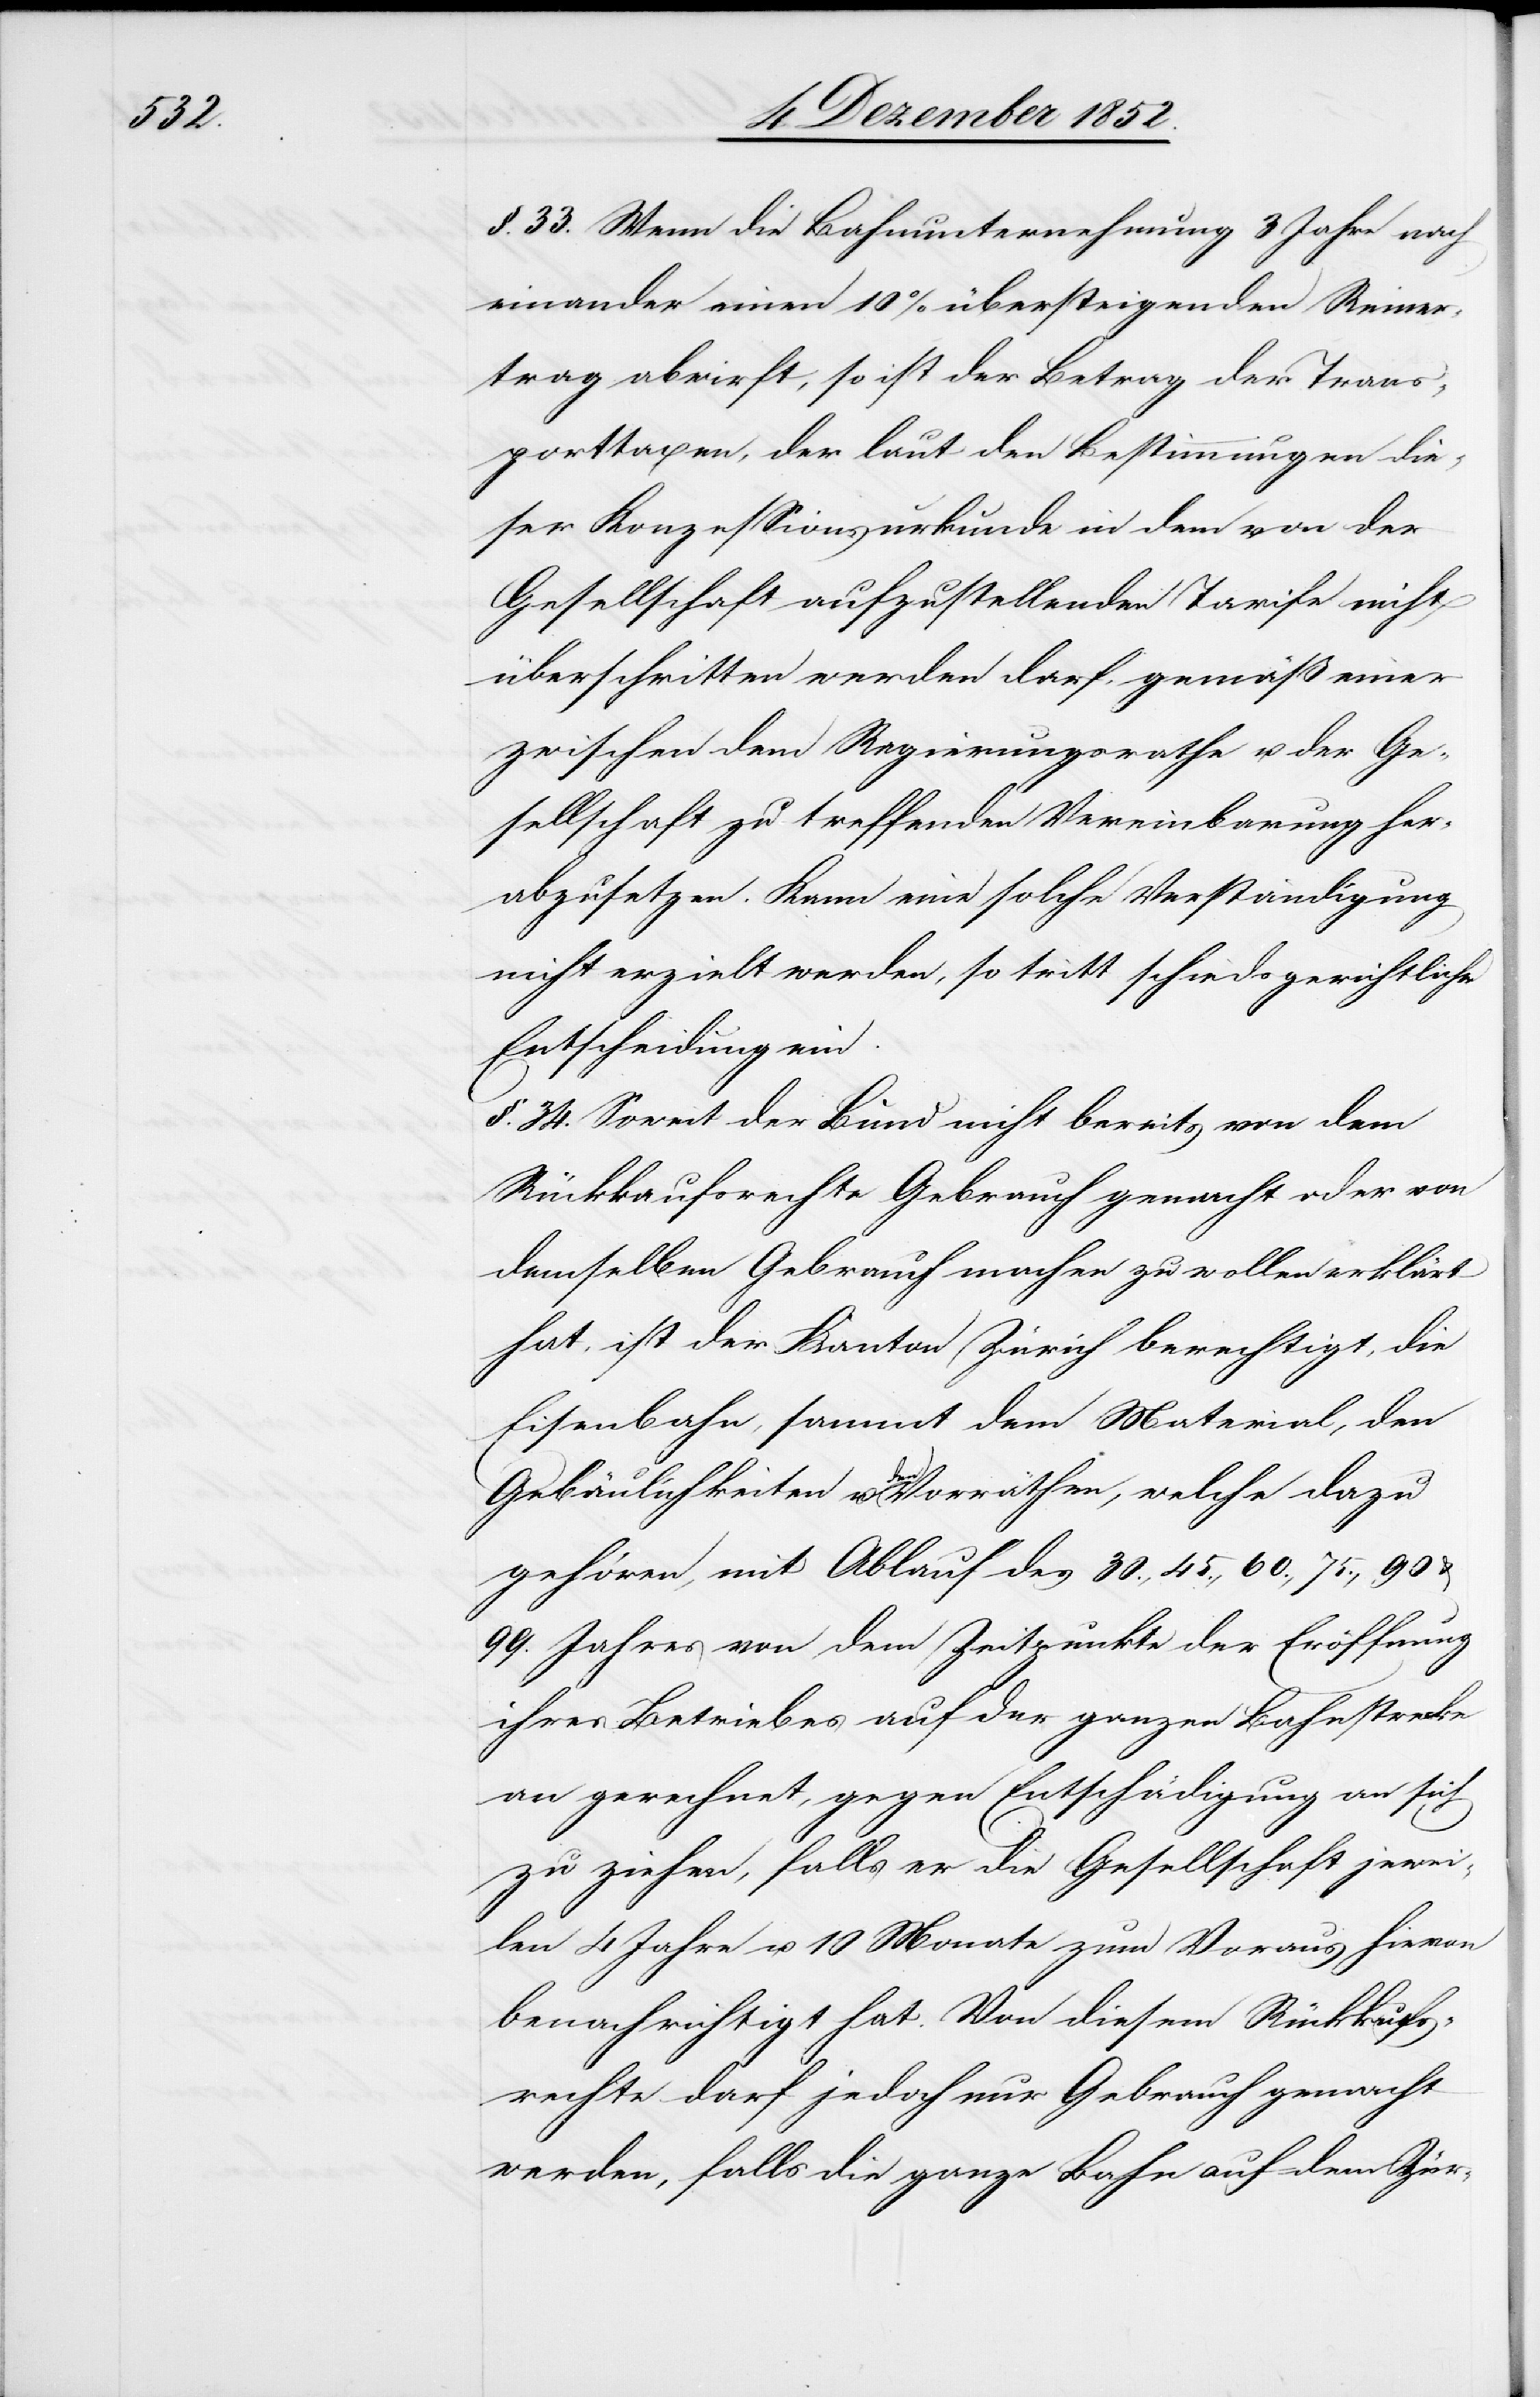
§. 33. Wenn die Bahnunternehmung 3 Jahre nach
einander einen 10% übersteigenden Reiner¬
trag abwirft, so ist der Betrag der Trans¬
porttaxen, der laut den Bestimmungen die¬
ser Konzessionsurkunde in dem von der
Gesellschaft aufzustellenden Tarife nicht
überschritten werden darf, gemäß einer
zwischen dem Regierungsrathe u. der Ge¬
sellschaft zu treffenden Vereinbarung her¬
abzusetzen. Kann eine solche Verständigung
nicht erzielt werden, so tritt schiedsgerichtliche
Entscheidung ein.
§. 34. Soweit der Bund nicht bereits von dem
Rückkaufsrechte Gebrauch gemacht oder von
demselben Gebrauch machen zu wollen erklärt
hat, ist der Kanton Zürich berechtigt, die
Eisenbahn, sammt dem Material, den
Gebäulichkeiten u. den Vorräthen, welche dazu
gehören, mit Ablauf des 30., 45., 60., 75., 90
99. Jahres von dem Zeitpunkte der Eröffnung
ihres Betriebes auf der ganzen Bahnstrecke
an gerechnet, gegen Entschädigung an sich
zu ziehen, falls er die Gesellschaft jewei¬
len 4 Jahre u. 10 Monate zum Voraus hievon
benachrichtigt hat. Von diesem Rückkaufs¬
rechte darf jedoch nur Gebrauch gemacht
werden, falls die ganze Bahn auf dem Zür-